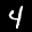
Label: 4